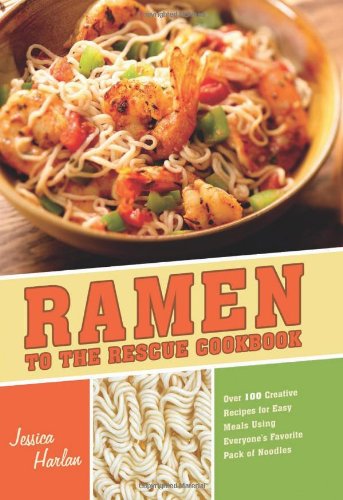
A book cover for Ramen to the Rescue Cookbook: 120 Creative Recipes for Easy Meals Using Everyone's Favorite Pack of Noodles; Jessica Harlan; Cookbooks, Food & Wine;